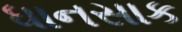
ધાનસાક